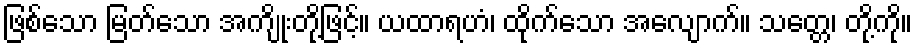
ဖြစ်သော မြတ်သော အကျိုးတို့ဖြင့်။ ယထာရဟံ၊ ထိုက်သော အလျောက်။ သတ္တေ၊ တို့ကို။